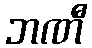
ဘဏီ